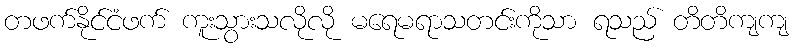
တဖက်နိုင်ငံဖက် ကူးသွားသလိုလို မရေမရာသတင်းကိုသာ ရသည် တိတိကျကျ